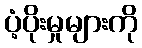
ပံ့ပိုးမှုများကို